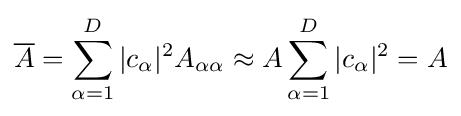
{\overline {A}}=\sum _{\alpha =1}^{D}|c_{\alpha }|^{2}A_{\alpha \alpha }\approx A\sum _{\alpha =1}^{D}|c_{\alpha }|^{2}=A